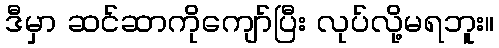
ဒီမှာ ဆင်ဆာကိုကျော်ပြီး လုပ်လို့မရဘူး။